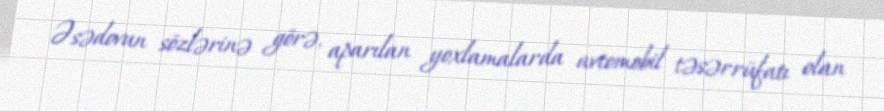
Əsədovun sözlərinə görə, aparılan yoxlamalarda avtomobil təsərrüfatı olan